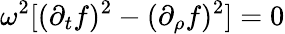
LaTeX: \omega^{2}[(\partial_{t}f)^{2}-(\partial_{\rho}f)^{2}]=0